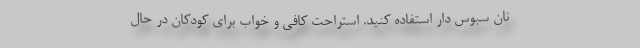
نان سبوس دار استفاده کنید. استراحت کافی و خواب برای کودکان در حال